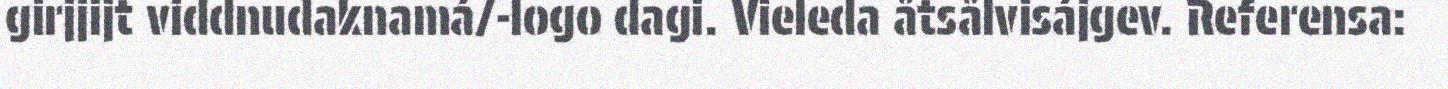
girjjijt viddnudaknamá/-logo dagi. Vieleda åtsålvisájgev. Referensa: